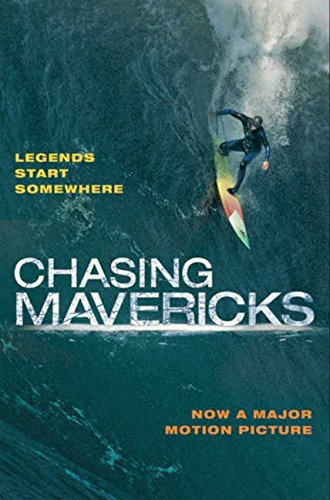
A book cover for Chasing Mavericks: The Movie Novelization; Christine Peymani; Teen & Young Adult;